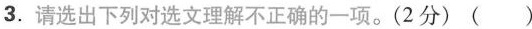
3.请选出下列对选文理解不正确的一项。(2分) ( )